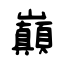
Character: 巔